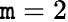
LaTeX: \mathtt{m}=2